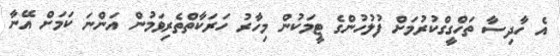
އެ ހާދިސާ ތަހްގީގްކުރުމަށް ފުލުހުންގެ ޓީމަކުން މިހާރު ހަރަކާތްތެރިވަމުން އަންނަ ކަމަށް އޭނާ